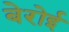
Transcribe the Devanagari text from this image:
बेरोई